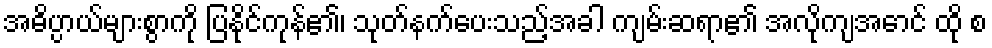
အဓိပ္ပာယ်များစွာကို ပြနိုင်ကုန်၏၊ သုတ်နက်ပေးသည့်အခါ ကျမ်းဆရာ၏ အလိုကျအောင် ထို စ